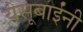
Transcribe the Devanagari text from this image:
येसूबाईंनी